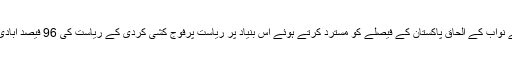
بھارت نے نواب کے الحاق پاکستان کے فیصلے کو مسترد کرتے ہوئے اس بنیاد پر ریاست پرفوج کشی کردی کے ریاست کی 96 فیصد آبادی ہندو ہے۔